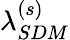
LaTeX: \lambda_{SDM}^{(s)}